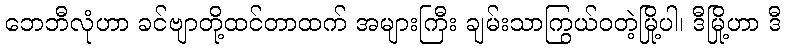
ဘေဘီလုံဟာ ခင်ဗျာတို့ထင်တာထက် အများကြီး ချမ်းသာကြွယ်ဝတဲ့မြို့ပါ၊ ဒီမြို့ဟာ ဒီ